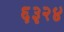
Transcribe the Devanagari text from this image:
६३२४